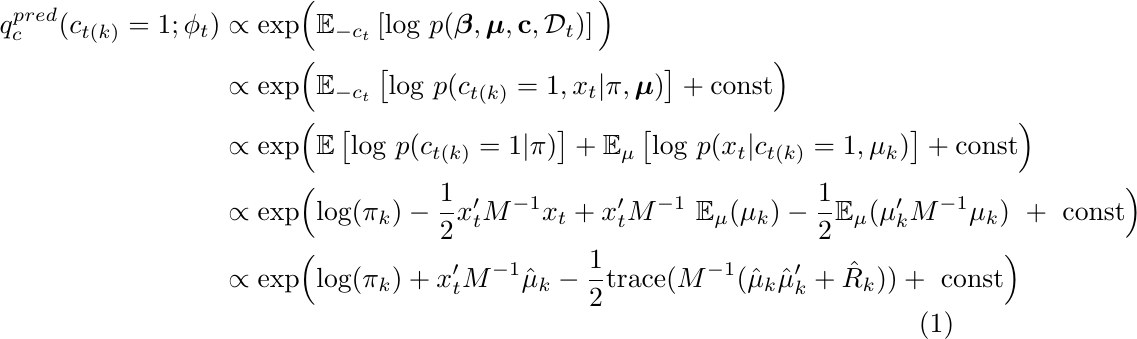
\begin{align}
    q_c^{pred}(c_{t(k)}=1; \phi_t) & \propto \text{exp} \Big( \mathbb{E}_{-c_{t}} \left[ \text{log} \ p(\boldsymbol\beta, \boldsymbol\mu , \text{\bf{c}}, \mathcal{D}_t) \right]   \Big) \nonumber \\
    & \propto \text{exp} \Big( \mathbb{E}_{-c_{t}} \left[ \text{log} \ p(c_{t(k)}=1,x_t | \pi, \boldsymbol\mu ) \right]  + \text{const} \Big) \nonumber \\
    & \propto \text{exp} \Big( \mathbb{E} \left[ \text{log} \ p(c_{t(k)}=1 | \pi ) \right] + \mathbb{E}_\mu \left[ \text{log} \ p(x_t | c_{t(k)}=1, \mu_k ) \right] + \text{const} \Big) \nonumber \\
    & \propto \text{exp} \Big( \text{log} (\pi_k) - \frac{1}{2} x_t'M^{-1} x_t + x_t'M^{-1} \ \mathbb{E}_\mu( \mu_k) - \frac{1}{2} \mathbb{E}_\mu(\mu_k' M^{-1} \mu_k) \ + \ \text{const} \Big) \nonumber \\
    \label{qpred1}
    & \propto \text{exp} \Big( \text{log} (\pi_k) + x_t'M^{-1} \hat{\mu}_k - \frac{1}{2} \text{trace}(M^{-1} (\hat{\mu}_k \hat{\mu}_k'+\hat{R}_k))
     + \ \text{const} \Big)
\end{align}